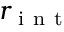
r _ { \mathrm { ~ i ~ n ~ t ~ } }